FBI Photo B5
Agency: FBI
Incident date: Late 2025
Incident location: Western United States
Page 1
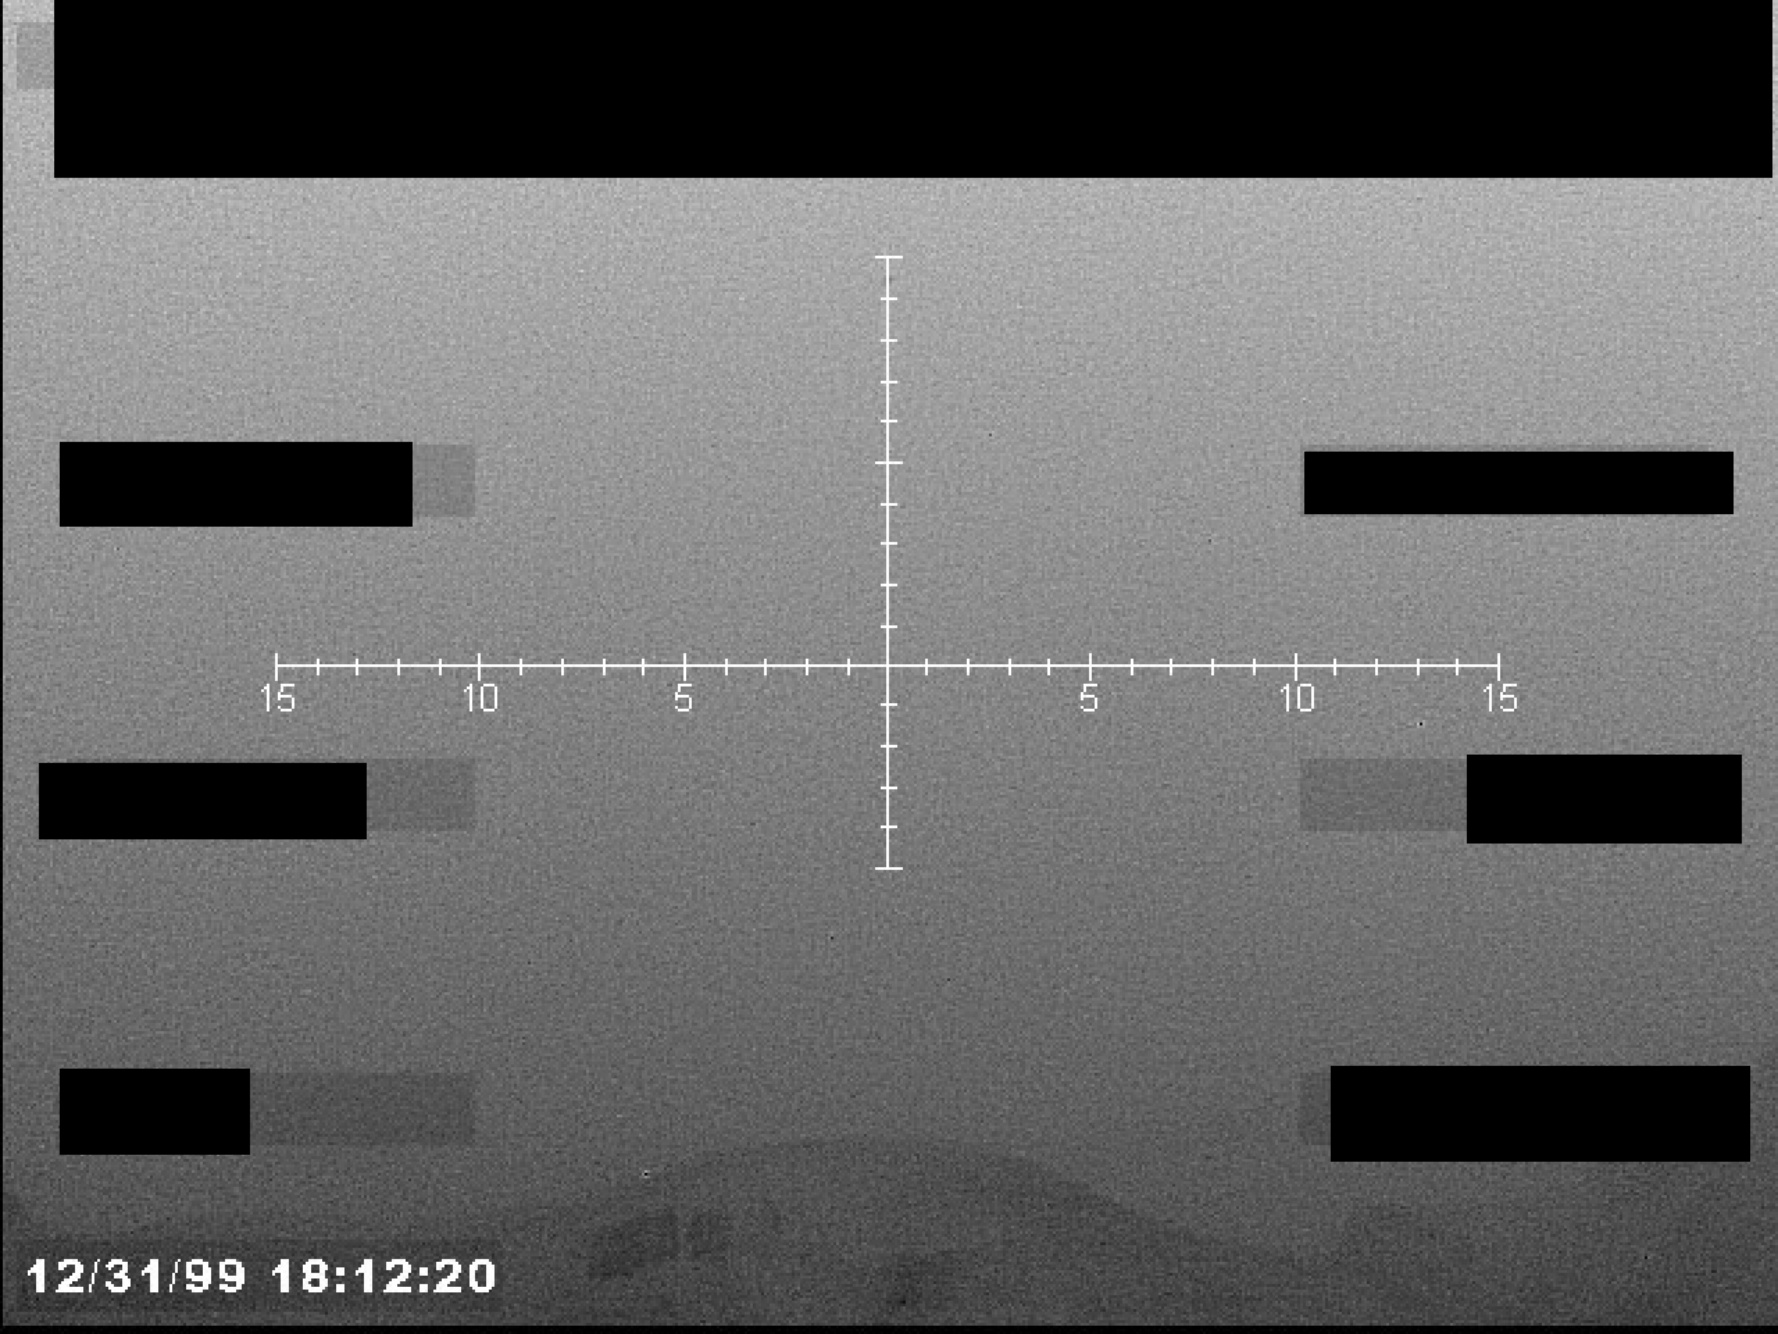